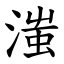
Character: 滍